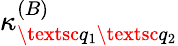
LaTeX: \kappa_{\textsc{q}_{1}\textsc{q}_{2}}^{(B)}